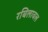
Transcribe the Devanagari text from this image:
रबिलावल